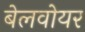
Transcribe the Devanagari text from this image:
बेलवोयर